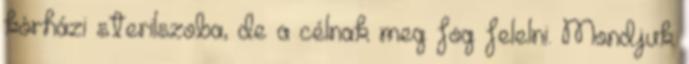
kórházi sterilszoba, de a célnak meg fog felelni. Mondjuk